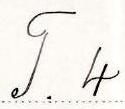
T. 4